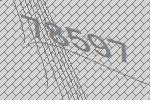
78597